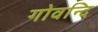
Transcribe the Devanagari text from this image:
गोवन्दि